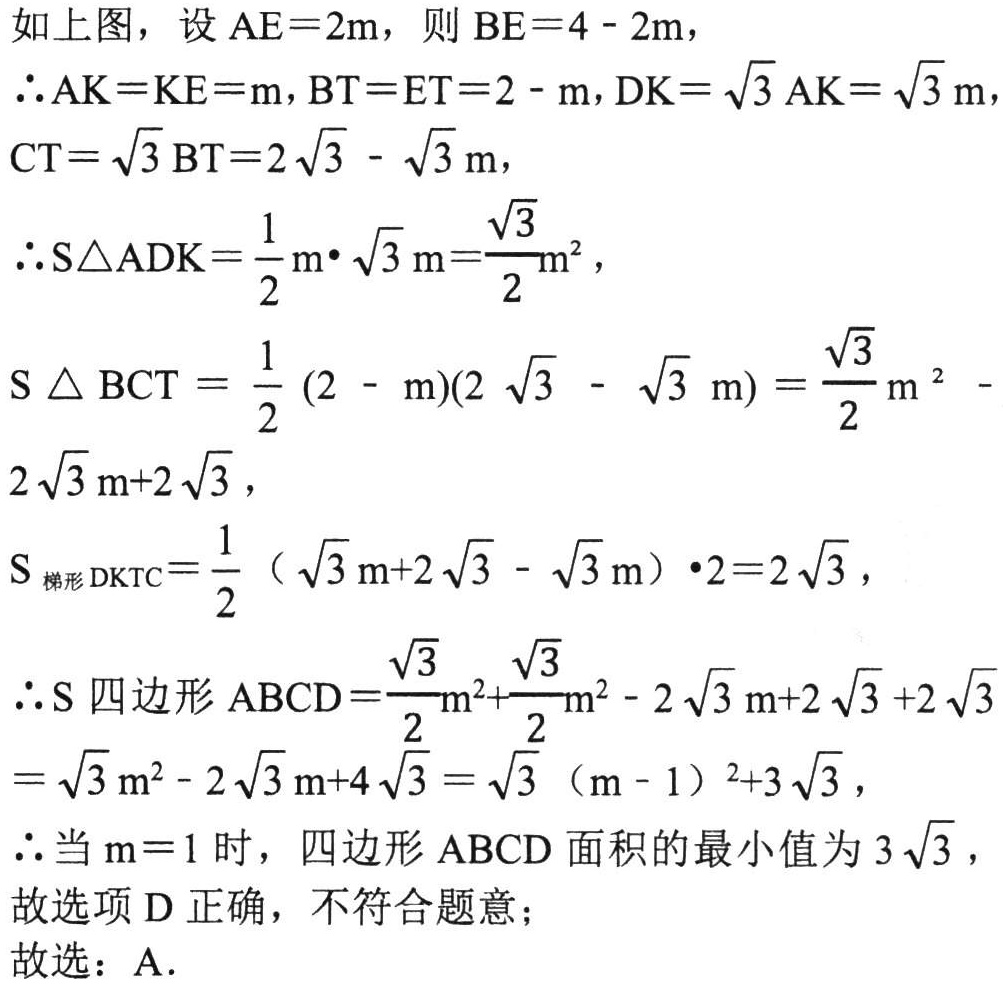
如上图，设 \(AE = 2m\)，则 \(BE = 4 - 2m\)，

\(\therefore AK = KE = m\)，\(BT = ET = 2 - m\)，\(DK=\sqrt{3}AK=\sqrt{3}m\)，

\(CT=\sqrt{3}BT = 2\sqrt{3}-\sqrt{3}m\)，

\(\therefore S_{\triangle ADK}=\frac{1}{2}m\cdot\sqrt{3}m=\frac{\sqrt{3}}{2}m^{2}\)，

\(S_{\triangle BCT}=\frac{1}{2}(2 - m)(2\sqrt{3}-\sqrt{3}m)=\frac{\sqrt{3}}{2}m^{2}-2\sqrt{3}m + 2\sqrt{3}\)，

\(S_{梯形DKTC}=\frac{1}{2}(\sqrt{3}m + 2\sqrt{3}-\sqrt{3}m)\cdot2 = 2\sqrt{3}\)，

\(\therefore S_{四边形ABCD}=\frac{\sqrt{3}}{2}m^{2}+\frac{\sqrt{3}}{2}m^{2}-2\sqrt{3}m + 2\sqrt{3}+2\sqrt{3}\)

\(=\sqrt{3}m^{2}-2\sqrt{3}m + 4\sqrt{3}=\sqrt{3}(m - 1)^{2}+3\sqrt{3}\)，

\(\therefore\)当 \(m = 1\) 时，四边形 \(ABCD\) 面积的最小值为 \(3\sqrt{3}\)，

故选项 D 正确，不符合题意；

故选：A.